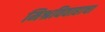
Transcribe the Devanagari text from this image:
मिश्रविवाहाचा